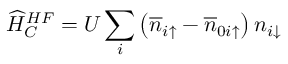
\widehat { H } _ { C } ^ { H F } = U \sum _ { i } \left( \overline { { n } } _ { i \uparrow } - \overline { { n } } _ { 0 i \uparrow } \right) n _ { i \downarrow }